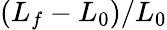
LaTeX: \left(L_{f}-L_{0}\right)/L_{0}